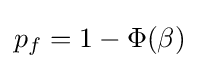
p_{f}=1-\Phi (\beta )